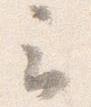
云